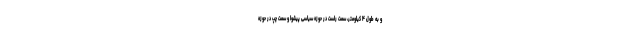
و به طول ۴ کیلومتر، سمت راست در حوزه سیاسی پیشوا و سمت چپ در حوزه